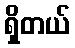
ရှိတယ်